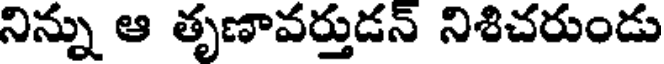
నిన్ను ఆ తృణావర్తుడన్ నిశిచరుండు